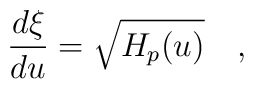
{\frac{d\xi}{du}} = \sqrt{H_p(u)} \quad ,